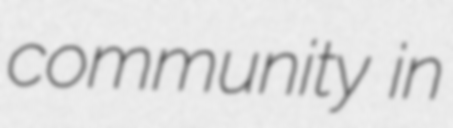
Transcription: community in